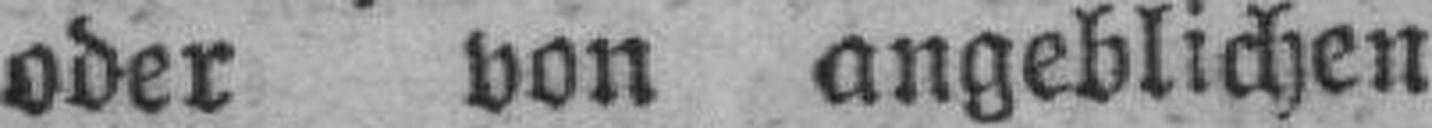
oder von angeblichen